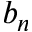
b _ { n }